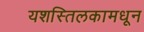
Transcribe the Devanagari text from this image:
यशस्तिलकामधून